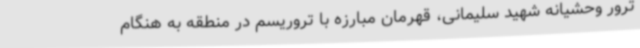
ترور وحشیانه شهید سلیمانی، قهرمان مبارزه با تروریسم در منطقه به هنگام